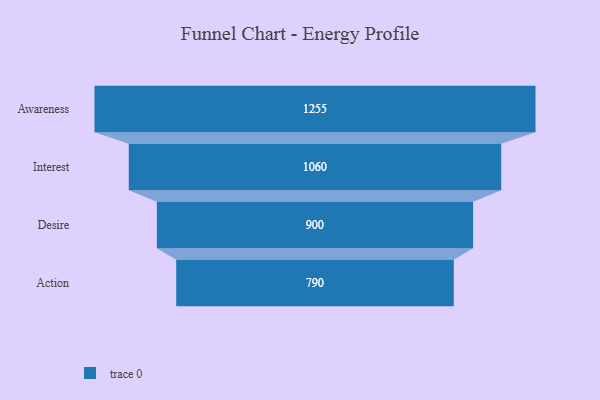
{"axis": {"x": "Stage", "y": "Value"}, "legend": [""], "data": [{"x": "Awareness", "y": 1255.0, "type": ""}, {"x": "Interest", "y": 1060.0, "type": ""}, {"x": "Desire", "y": 900.0, "type": ""}, {"x": "Action", "y": 790.0, "type": ""}]}